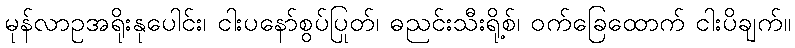
မုန်လာဥအရိုးနုပေါင်း၊ ငါးပနော်စွပ်ပြုတ်၊ ဓညင်းသီးရို့စ်၊ ဝက်ခြေထောက် ငါးပိချက်။